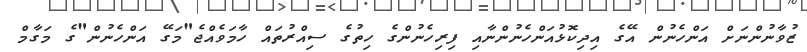
ޒުވާނުންނަށް އަންހެނުން އޭގެ އިދިކޮޅުއަންހެނުންނާއި ފިރިހެނުންގެ ހިތުގެ ސިއްރުތައް ހާމަވެއްޖެ"މަގޭ އަންހެނުން"ގެ މަގާމް